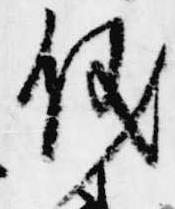
儀